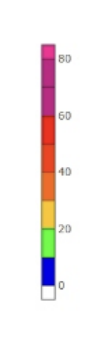
Blue: 0 to 10
Green: 10 to 20
Yellow: 20 to 30
Orange: 30 to 40
Dark Orange: 40 to 50
Red: 50 to 60
Magenta: 60 to 80
Pink: 80 to 85